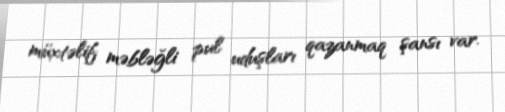
müxtəlif məbləğli pul uduşları qazanmaq şansı var.